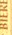
BIERE